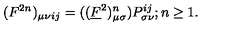
( F ^ { 2 n } ) _ { \mu \nu } { } _ { i j } = ( ( \underline { { F } } ^ { 2 } ) _ { \mu \sigma } ^ { n } ) P _ { \sigma \nu } ^ { i j } ; n \ge 1 .